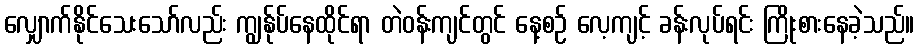
လျှောက်နိုင်သေးသော်လည်း ကျွန်ုပ်နေထိုင်ရာ တဲဝန်းကျင်တွင် နေ့စဉ် လေ့ကျင့် ခန်းလုပ်ရင်း ကြိုးစားနေခဲ့သည်။